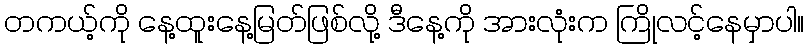
တကယ့်ကို နေ့ထူးနေ့မြတ်ဖြစ်လို့ ဒီနေ့ကို အားလုံးက ကြိုလင့်နေမှာပါ။